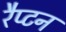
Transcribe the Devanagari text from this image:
रैप्टन